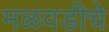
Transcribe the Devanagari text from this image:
मळवडीचे